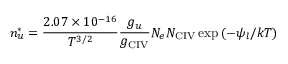
n _ { u } ^ { * } = { \frac { 2 . 0 7 \times 1 0 ^ { - 1 6 } } { T ^ { 3 / 2 } } } { \frac { g _ { u } } { g _ { \scriptstyle \mathrm { C I V } } } } N _ { e } N _ { \scriptstyle \mathrm { C I V } } \exp { ( - \psi _ { l } / k T ) }